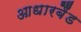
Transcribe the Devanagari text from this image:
आधारबैंड